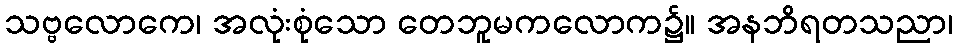
သဗ္ဗလောကေ၊ အလုံးစုံသော တေဘူမကလောက၌။ အနဘိရတသညာ၊